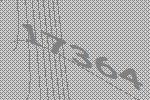
17364